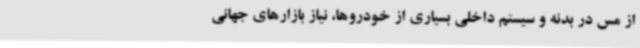
از مس در بدنه و سیستم داخلی بسیاری از خودروها، نیاز بازارهای جهانی